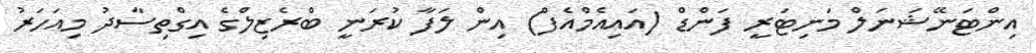
އިންޓަނޭޝަނަލް މަނިޓަރީ ފަންޑް (އައިއެމްއެފް) އިން ލަފާ ކުރަނީ ބްރެޒިލްގެ އިގްތިސާދު މިއަހަރު